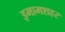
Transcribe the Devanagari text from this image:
इमामशहर